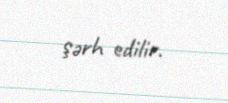
şərh edilir.